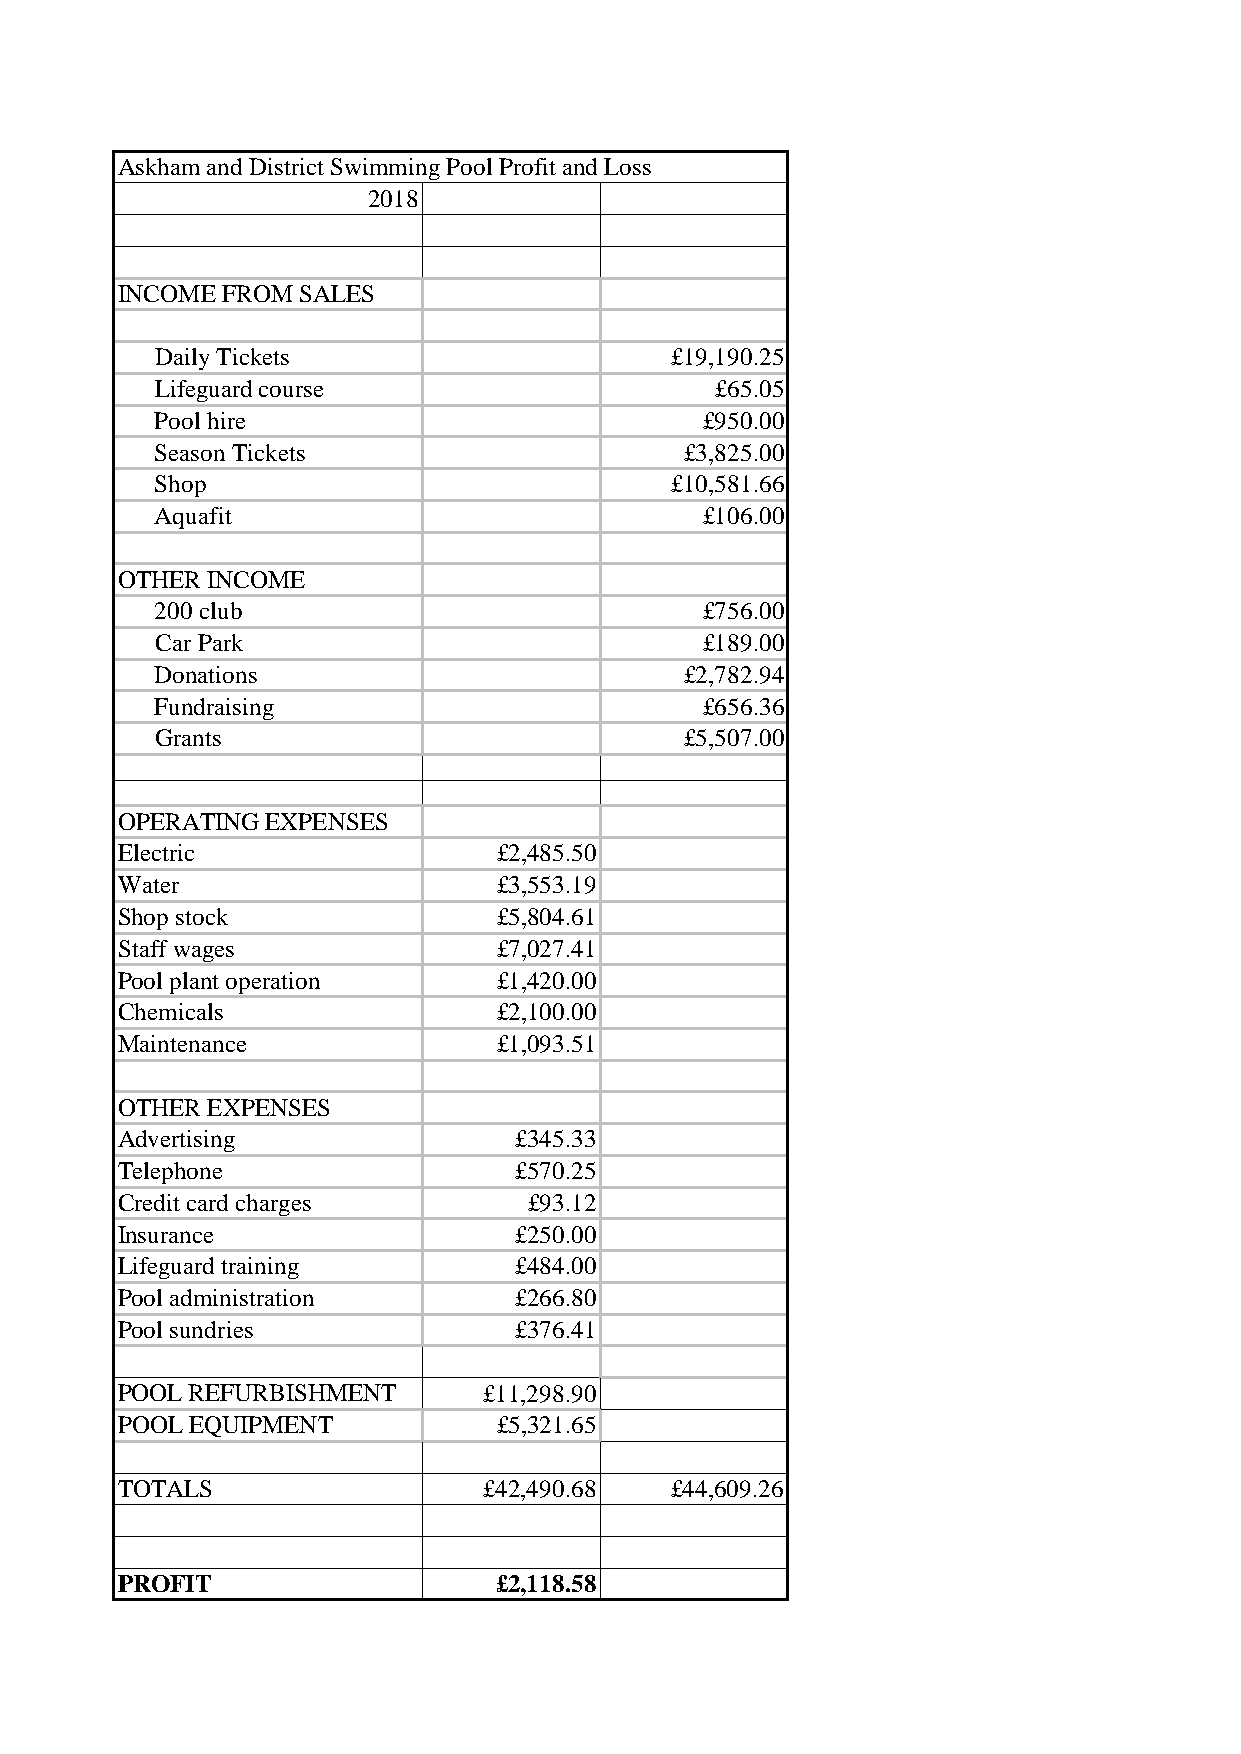
Askham and District Swimming Pool Profit and Loss
 2018
 INCOME FROM SALES
 Daily Tickets                     £19,190.25
 Lifeguard course                     £65.05
 Pool hire                           £950.00
 Season Tickets                     £3,825.00
 Shop                              £10,581.66
 Aquafit                             £106.00
 OTHER INCOME
 200 club                            £756.00
 Car Park                            £189.00
 Donations                          £2,782.94
 Fundraising                         £656.36
 Grants                             £5,507.00
 OPERATING EXPENSES
 Electric                 £2,485.50
 Water                    £3,553.19
 Shop stock               £5,804.61
 Staff wages              £7,027.41
 Pool plant operation     £1,420.00
 Chemicals                £2,100.00
 Maintenance              £1,093.51
 OTHER EXPENSES
 Advertising               £345.33
 Telephone                 £570.25
 Credit card charges        £93.12
 Insurance                 £250.00
 Lifeguard training        £484.00
 Pool administration       £266.80
 Pool sundries             £376.41
 POOL REFURBISHMENT      £11,298.90
 POOL EQUIPMENT           £5,321.65
 TOTALS                  £42,490.68  £44,609.26
 PROFIT                   £2,118.58